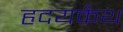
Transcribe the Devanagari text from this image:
हृदयकैथ